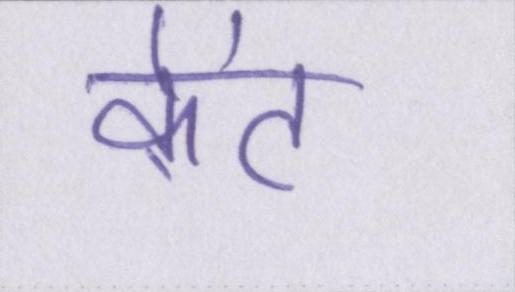
केंट